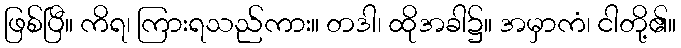
ဖြစ်ပြီ။ ကိရ၊ ကြားရသည်ကား။ တဒါ၊ ထိုအခါ၌။ အမှာကံ၊ ငါတို့၏။